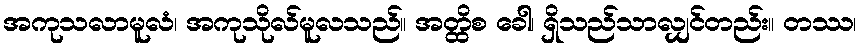
အကုသလာမူလံ၊ အကုသိုလ်မူလသည်။ အတ္ထိစ ခေါ၊ ရှိသည်သာလျှင်တည်း။ တဿ၊